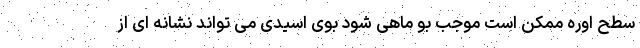
سطح اوره ممکن است موجب بو ماهی شود بوی اسیدی می تواند نشانه ای از